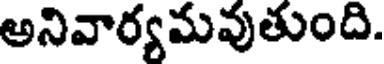
అనివార్యమవుతుంది.